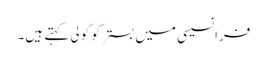
فرانسیسی میں بستر کو کولی کہتے ہیں۔